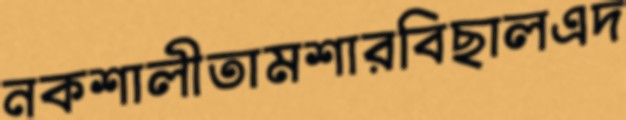
নকশালীতামশারবিছালএদ